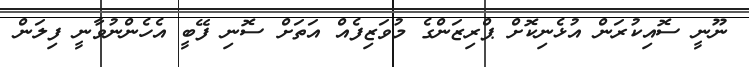
ނޫނީ ސޮއިކުރަން އުޅެނިކޮށް ޕްރިޒަންގެ މުވަޒިފެއް އަތަށް ސޮނި ފޭބީ އެހެންނުވާނީ ފިލަން